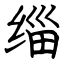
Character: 缁